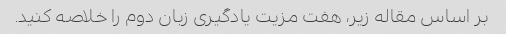
بر اساس مقاله زیر، هفت مزیت یادگیری زبان دوم را خلاصه کنید.